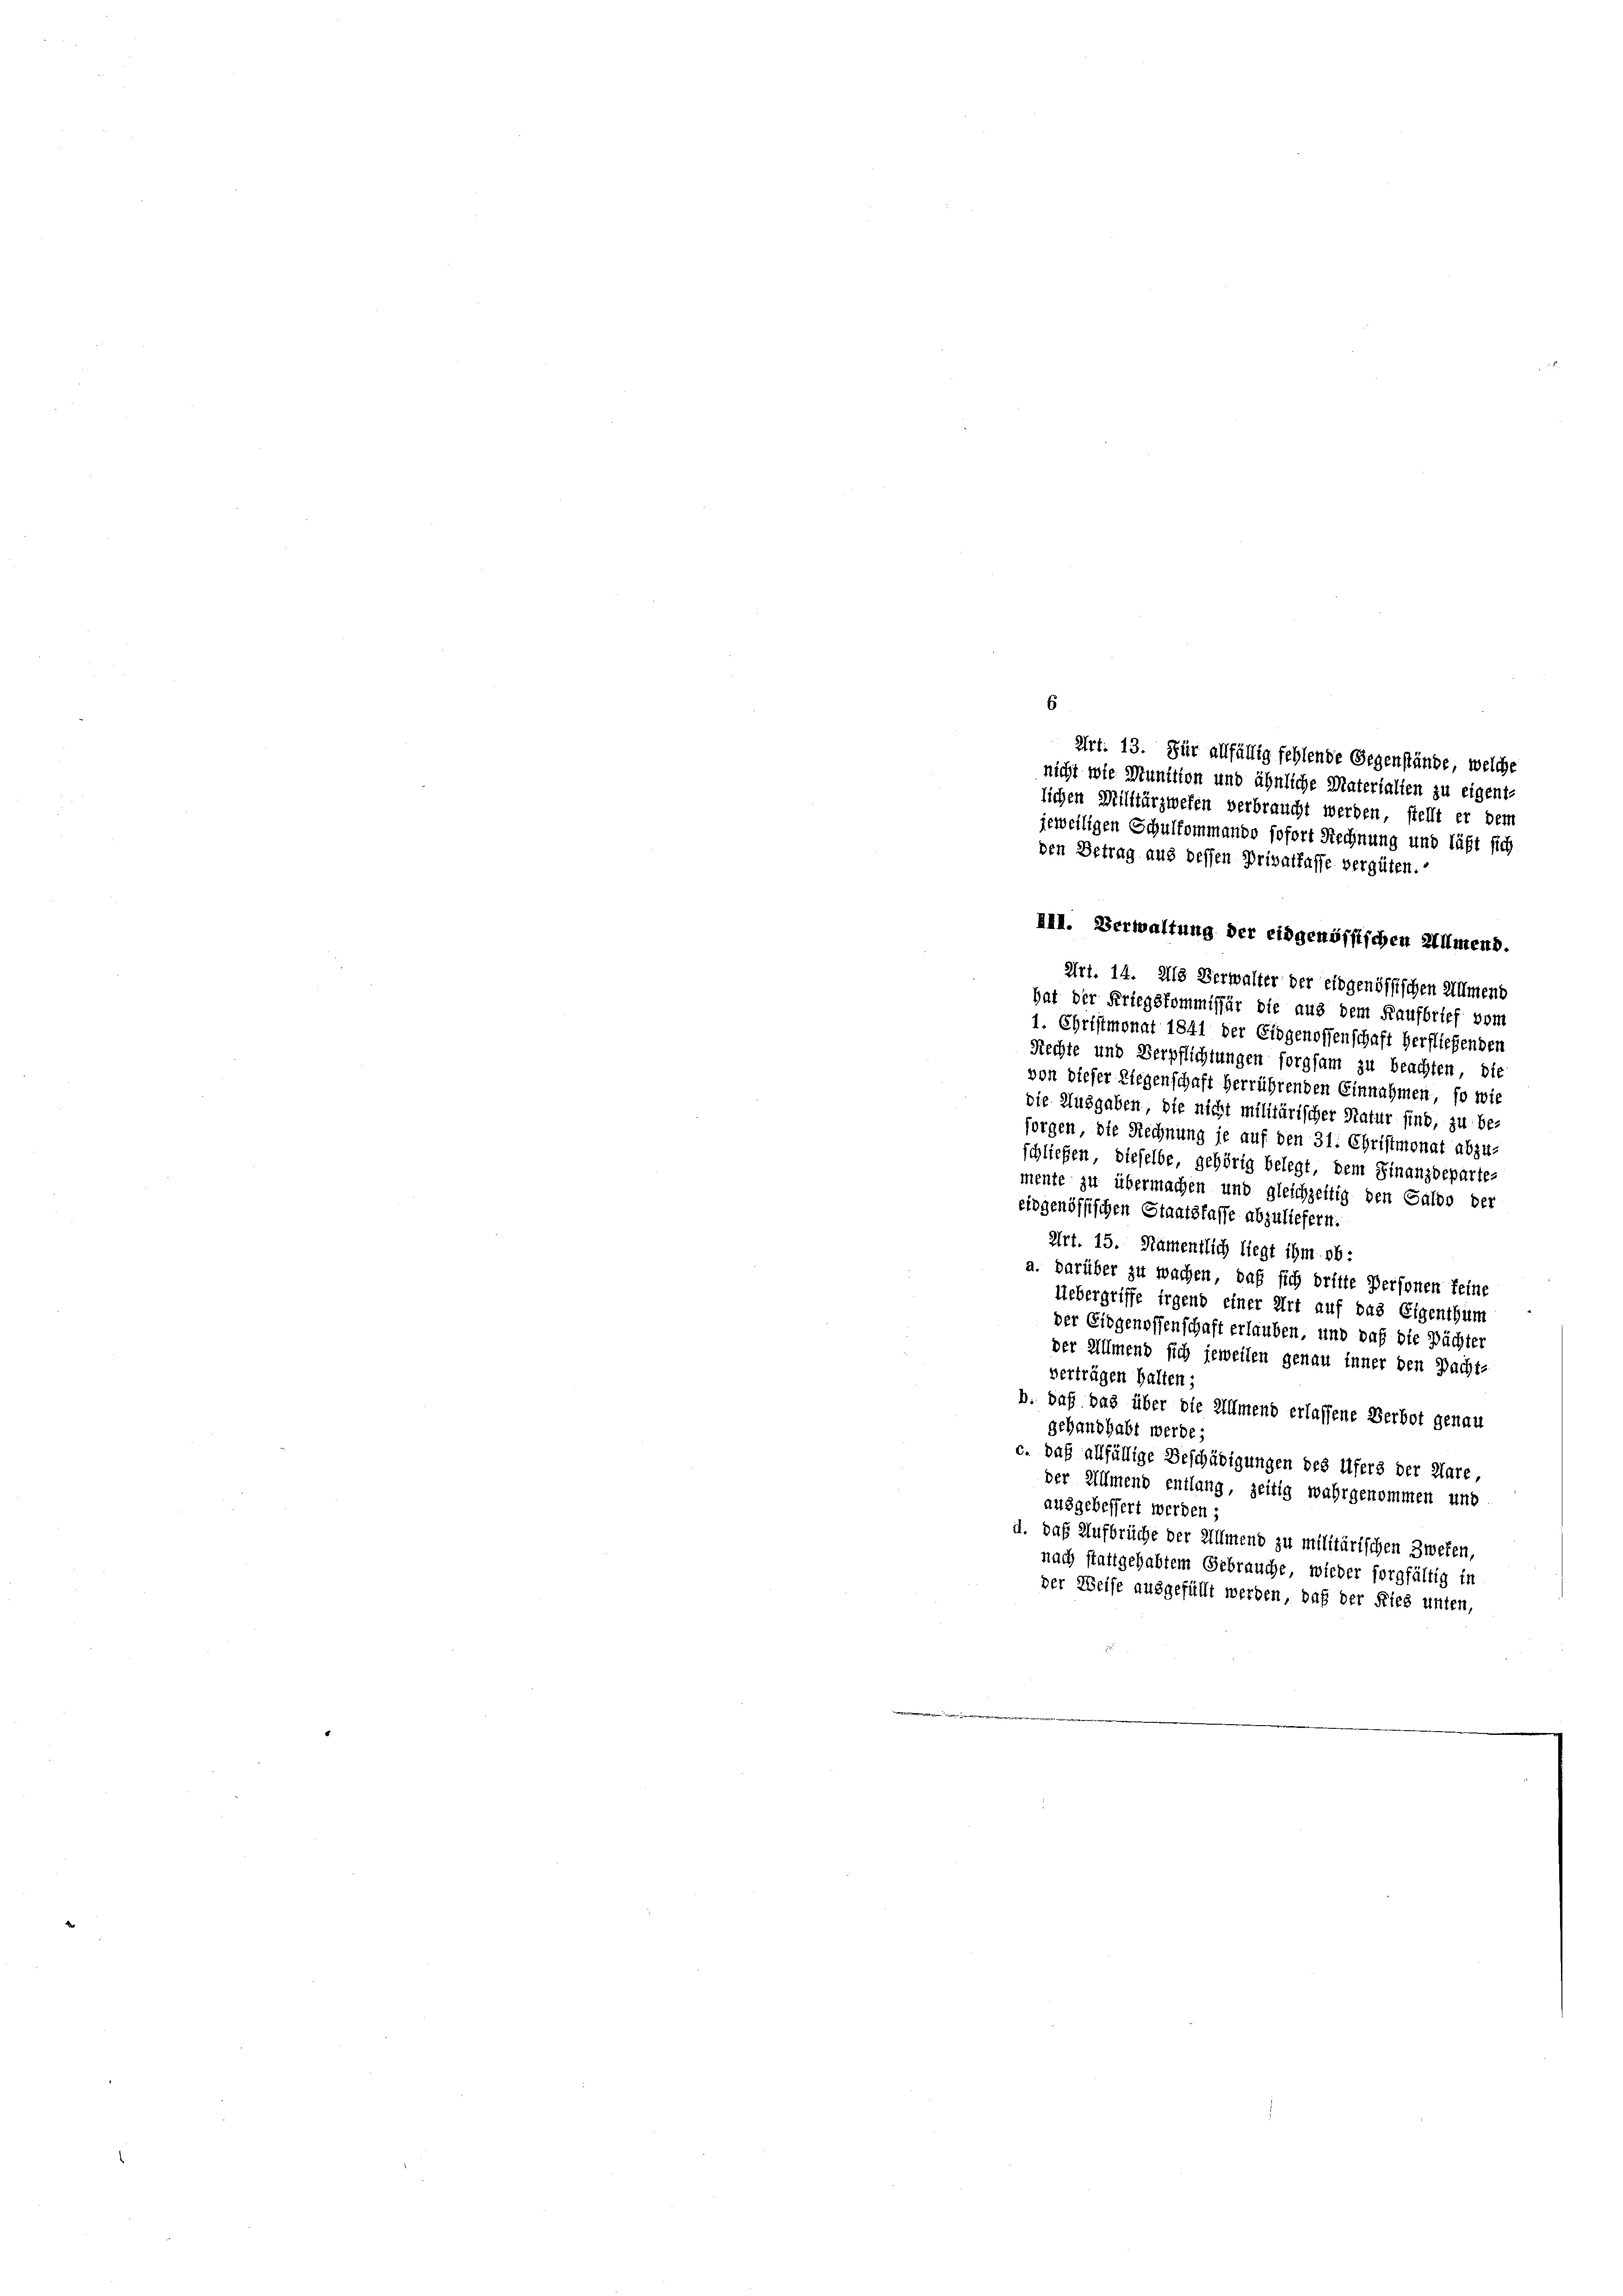
den Betrag aus dessen Privatlasse vergüten.

6
nicht wie Munition und ähnliche Materialien zu eigent-
lichen Militärzwefen verbraucht werden, stellt er dem
jeweiligen Schulkommando sofort Rechnung und läßt sich

Art. 13. Für allfällig fehlende Gegenstände, welche

III. Verwaltung der eidgenössischen Ullmend.

Art. 14. Als Verwalter der eidgenössischen Allmend
hat der Kriegskommissär die aus dem Kaufbrief vom
1. Christmonat 1841 der Eidgenossenschaft herfliehenden
Rechte und Verpflichtungen forgsam zu beachten, die
von dieser Liegenschaft herrührenden Einnahmen, so wie
die Ausgaben, die nicht militärischer Natur sind, zu be-
forgen, die Rechnung je auf den 31. Christmonat abzu-
schließen, dieselbe, gehörig belegt, dem Finanzdeparte-
mente zu übermachen und gleichzeitig den Galdo der
eidgenössischen Staatsfasse abzuliefern.
Art. 15. Nämentlich liegt ihm ob:
a. darüber zu wachen, daß sich dritte Personen feine
Uebergriffe irgend einer Art auf das Eigenthum
der Eidgenossenschaft erlauben, und daß die Pächter
der Allmend sich jeweilen genau inner den Pacht-
verträgen halten;
b. daß das über die Allmend erlassene Verbot genau
gehandhabt werde;
c. daß allfällige Beschädigungen des Ufers der Klare,
der Allmend entlang, zeitig wahrgenommen und
ausgebessert werden;
d. das Aufbrüche der Allmend zu militärischen Zweken,
nach stattgehabtem Gebrauche, wieder sorgfältig in
der Weise ausgefüllt werden, daß der Kies unten,